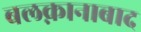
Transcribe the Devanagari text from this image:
बलक़ानाबाद